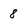
Character: 8